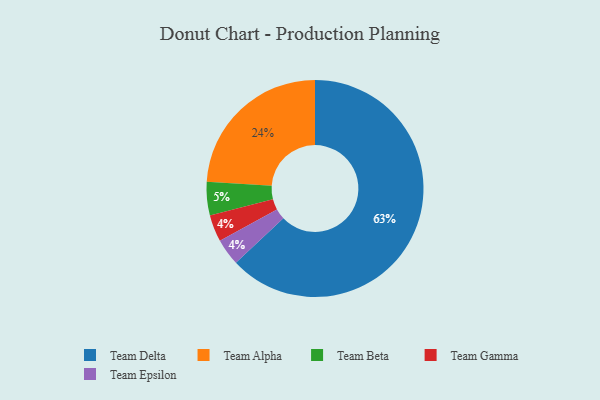
{"axis": {"x": "Category", "y": "Percentage"}, "legend": ["Team Alpha", "Team Beta", "Team Delta", "Team Epsilon", "Team Gamma"], "data": [{"x": "Team Alpha", "y": 24, "type": "Team Alpha"}, {"x": "Team Gamma", "y": 4, "type": "Team Gamma"}, {"x": "Team Delta", "y": 63, "type": "Team Delta"}, {"x": "Team Beta", "y": 5, "type": "Team Beta"}, {"x": "Team Epsilon", "y": 4, "type": "Team Epsilon"}]}